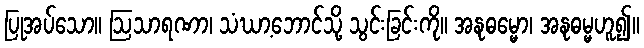
ပြုအပ်သော။ ဩသာရဏာ၊ သံဃာ့ဘောင်သို့ သွင်းခြင်းကို။ အနုဓမ္မော၊ အနုဓမ္မဟူ၍။